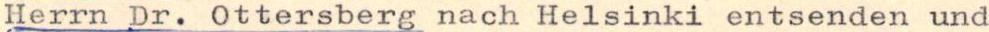
Herrn Dr. Ottersberg nach Helsinki entsenden und